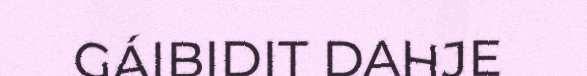
GÁIBIDIT DAHJE